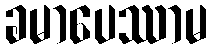
ခမာပေဿာမ